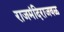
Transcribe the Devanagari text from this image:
राजमंदिराजवळ